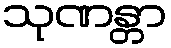
သုဏန္တာ